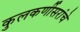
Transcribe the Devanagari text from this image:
कुलकर्णीसरांचे